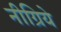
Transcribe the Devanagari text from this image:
नीग्रिये